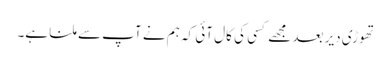
تھوڑی دیر بعد مجھے کسی کی کال آئی کہ ہم نے آپ سے ملنا ہے۔